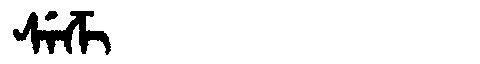
Manchu: ᠰᡝᡯᡳ
Romanization: SEDZI